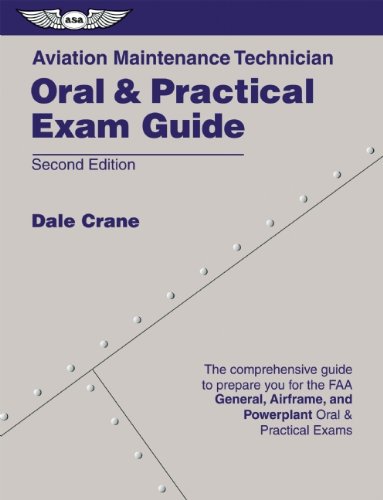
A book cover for Aviation Maintenance Technician Oral & Practical Exam Guide; Dale Crane; Engineering & Transportation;